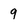
Character: 9